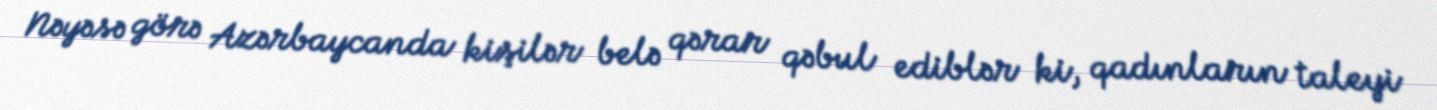
Nəyəsə görə Azərbaycanda kişilər belə qərar qəbul ediblər ki, qadınların taleyi